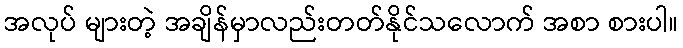
အလုပ် များတဲ့ အချိန်မှာလည်းတတ်နိုင်သလောက် အစာ စားပါ။